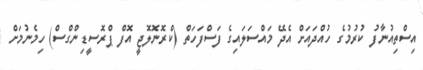
އިސްތިއުނާފު ކުރުމުގެ ހުއްދައަށް އެދޭ މައްސަލައިގެ ފަސްފަހަތް (ކްރޮނޮލޮޖީ އޮފް ޕްރޮސީޑިންގްސް) ހިމެނުމަށް